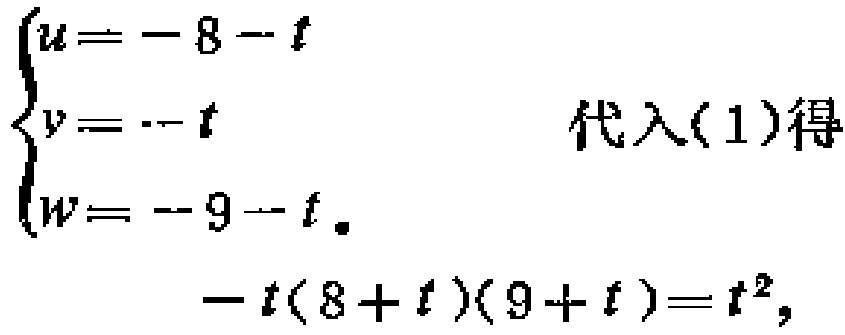
\[

\begin{cases}

u = - 8 - t \\

v = - t \\

w = - 9 - t

\end{cases}

代入(1)得

- t(8 + t)(9 + t)=t^{2},

\]